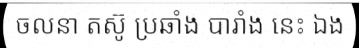
ចលនា តស៊ូ ប្រឆាំង បារាំង នេះ ឯង